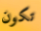
تكون